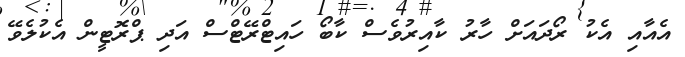
އެއާއި އެކު ރޯދައަށް ހާރު ކާއިރުވެސް ކާބޯ ހައިޓްރޭޓްސް އަދި ޕްރޮޓީން އެކުލެވޭ